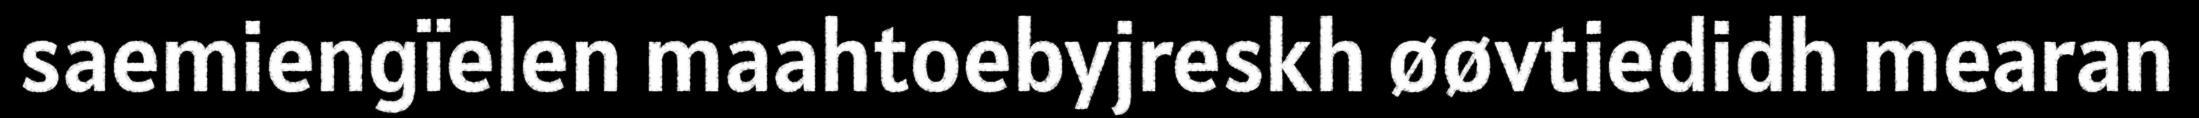
saemiengïelen maahtoebyjreskh øøvtiedidh mearan